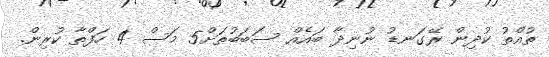
ތުއްތު ކުދިން ރޭގަނޑު ނުނިދާ ބައެއް ސަބަބުތަށް5 މަސް 4 ހަފްތާ ކުރިން.